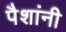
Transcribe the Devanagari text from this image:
पैशांनी